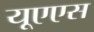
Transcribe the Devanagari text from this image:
यूएएस